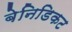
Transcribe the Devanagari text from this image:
बेनिडिकट